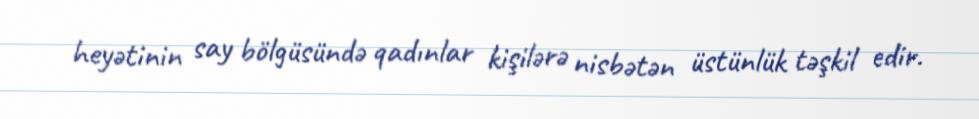
heyətinin say bölgüsündə qadınlar kişilərə nisbətən üstünlük təşkil edir.